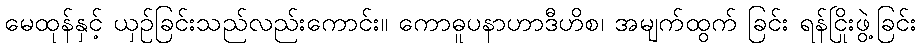
မေထုန်နှင့် ယှဉ်ခြင်းသည်လည်းကောင်း။ ကောဓူပနာဟာဒီဟိစ၊ အမျက်ထွက် ခြင်း ရန်ငြိုးဖွဲ့ခြင်း